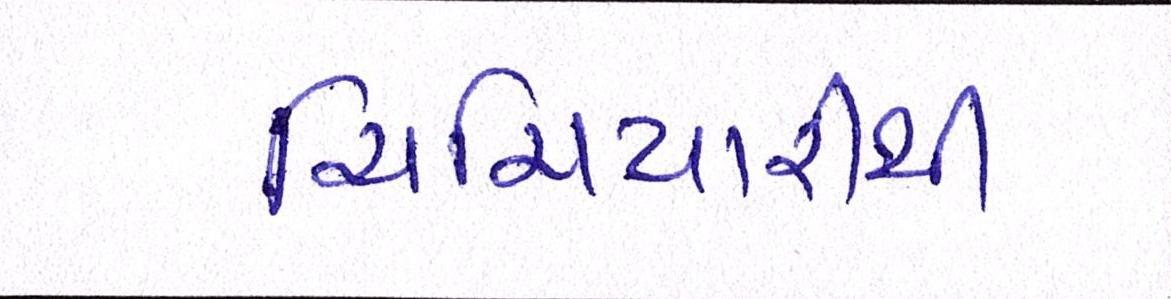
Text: ચિચિયારીથી